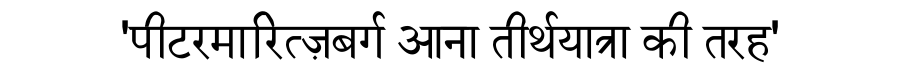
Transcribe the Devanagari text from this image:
'पीटरमारित्ज़बर्ग आना तीर्थयात्रा की तरह'